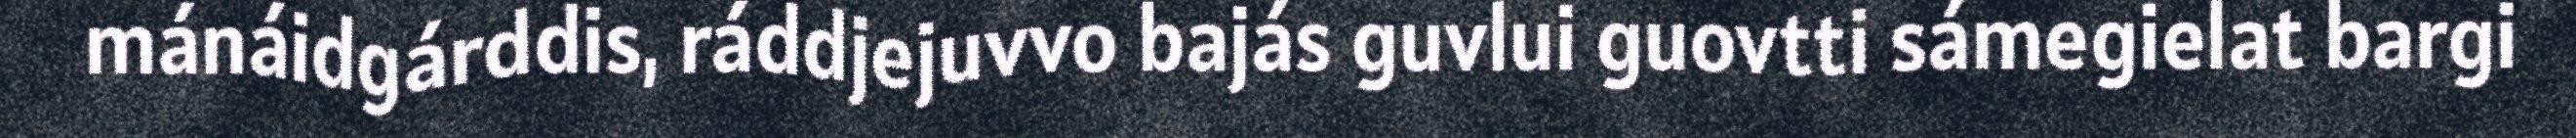
mánáidgárddis, ráddjejuvvo bajás guvlui guovtti sámegielat bargi